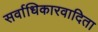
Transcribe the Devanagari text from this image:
सर्वाधिकारवादिता